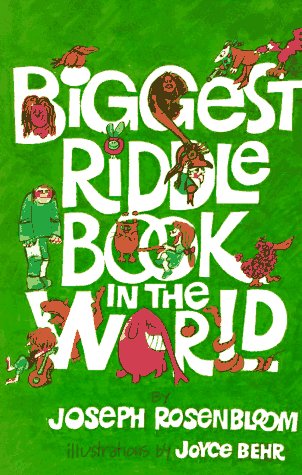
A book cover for Biggest Riddle Book in the World; Joseph Rosenbloom; Children's Books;